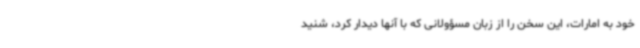
خود به امارات، این سخن را از زبان مسؤولانی که با آنها دیدار کرد، شنید